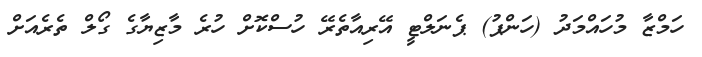
ހަމްޒާ މުހައްމަދު (ހަންޕު) ޕެނަލްޓީ އޭރިއާތެރޭ ހުސްކޮށް ހުރެ މާޒިޔާގެ ގޯލް ތެރެއަށް